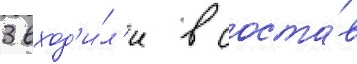
3 вход'и́л'и в соста́в